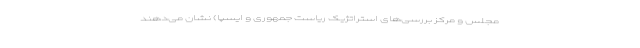
مجلس و مرکز بررسی‌های استراتژیک ریاست‌ جمهوری و ایسپا) نشان می‌دهند